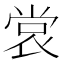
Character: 𫵅